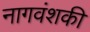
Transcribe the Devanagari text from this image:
नागवंशकी